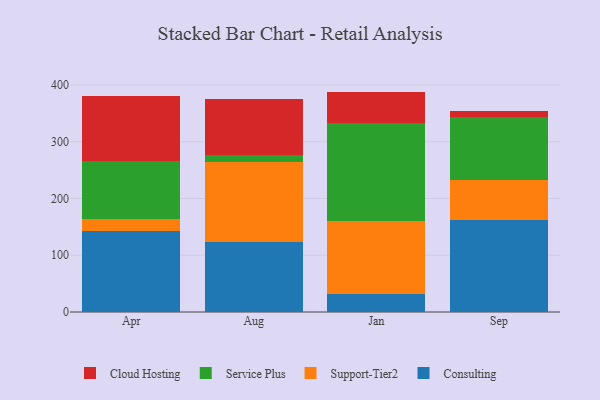
{"axis": {"x": "Month", "y": "Website Visitors"}, "legend": ["Cloud Hosting", "Consulting", "Service Plus", "Support-Tier2"], "data": [{"x": "Apr", "y": 143.5, "type": "Consulting"}, {"x": "Apr", "y": 20.4, "type": "Support-Tier2"}, {"x": "Apr", "y": 101.5, "type": "Service Plus"}, {"x": "Apr", "y": 115.3, "type": "Cloud Hosting"}, {"x": "Aug", "y": 122.9, "type": "Consulting"}, {"x": "Aug", "y": 141.1, "type": "Support-Tier2"}, {"x": "Aug", "y": 13.2, "type": "Service Plus"}, {"x": "Aug", "y": 98.5, "type": "Cloud Hosting"}, {"x": "Jan", "y": 31.7, "type": "Consulting"}, {"x": "Jan", "y": 128.6, "type": "Support-Tier2"}, {"x": "Jan", "y": 172.7, "type": "Service Plus"}, {"x": "Jan", "y": 55.3, "type": "Cloud Hosting"}, {"x": "Sep", "y": 161.8, "type": "Consulting"}, {"x": "Sep", "y": 71.1, "type": "Support-Tier2"}, {"x": "Sep", "y": 110.7, "type": "Service Plus"}, {"x": "Sep", "y": 9.7, "type": "Cloud Hosting"}]}